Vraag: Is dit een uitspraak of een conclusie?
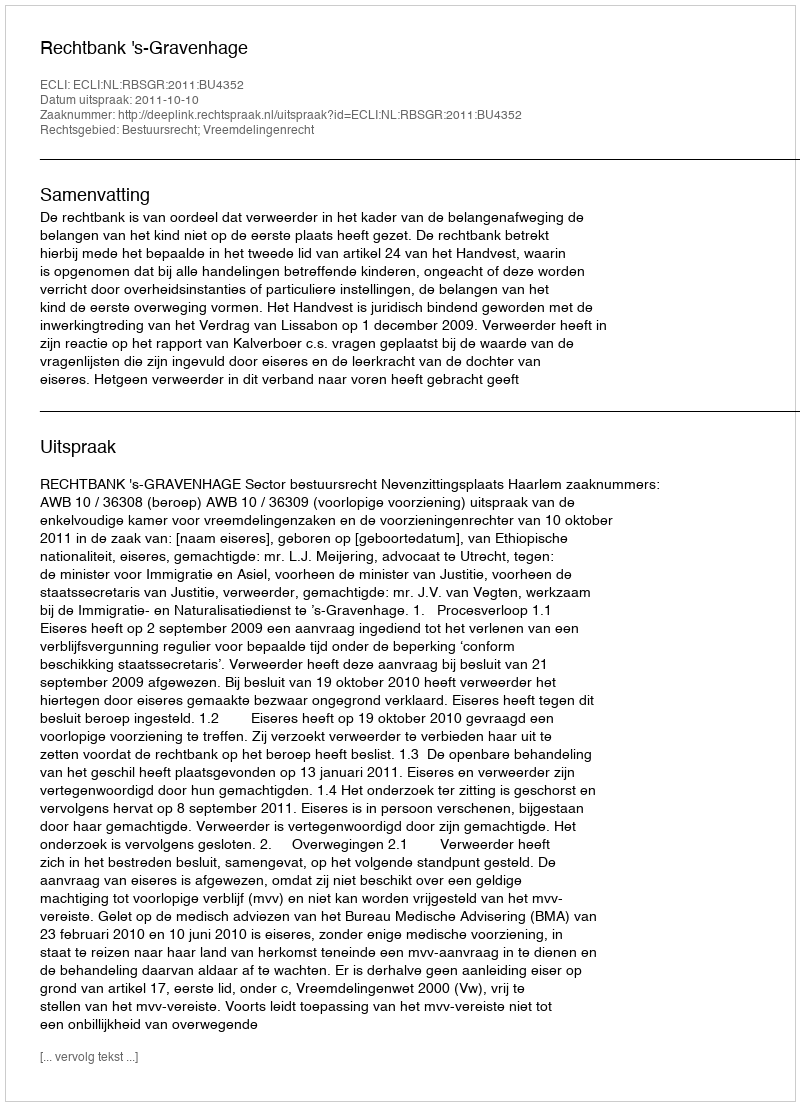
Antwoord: Uitspraak